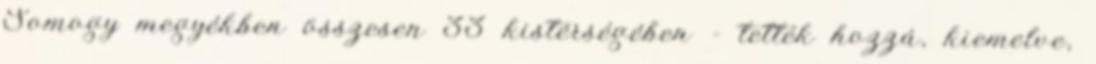
Somogy megyékben összesen 33 kistérségében - tették hozzá, kiemelve,